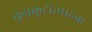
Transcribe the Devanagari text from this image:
कुवकुटोत्पादक